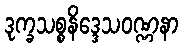
ဒုက္ခသစ္စနိဒ္ဒေသဝဏ္ဏနာ